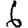
Digit: 6